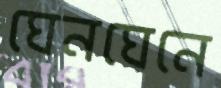
ঘেনঘেনে